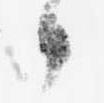
々